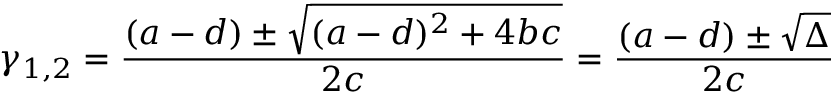
\gamma _ { 1 , 2 } = { \frac { ( a - d ) \pm { \sqrt { ( a - d ) ^ { 2 } + 4 b c } } } { 2 c } } = { \frac { ( a - d ) \pm { \sqrt { \Delta } } } { 2 c } }